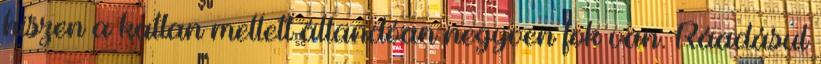
hiszen a katlan mellett állandóan negyven fok van. Ráadásul